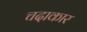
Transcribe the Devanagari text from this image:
चदाकार